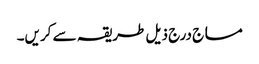
مساج درج ذیل طریقہ سے کریں۔